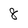
Character: 8